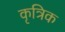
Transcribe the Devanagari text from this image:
कृत्रिक